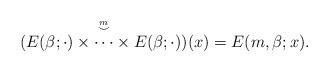
LaTeX: \begin{align*}(\stackrel{\stackrel{m}{\smile}}{E(\beta; \cdot)\times \cdots \times E(\beta; \cdot)})(x)=E(m,\beta; x).\end{align*}